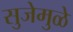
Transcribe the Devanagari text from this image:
सुजेमुळे